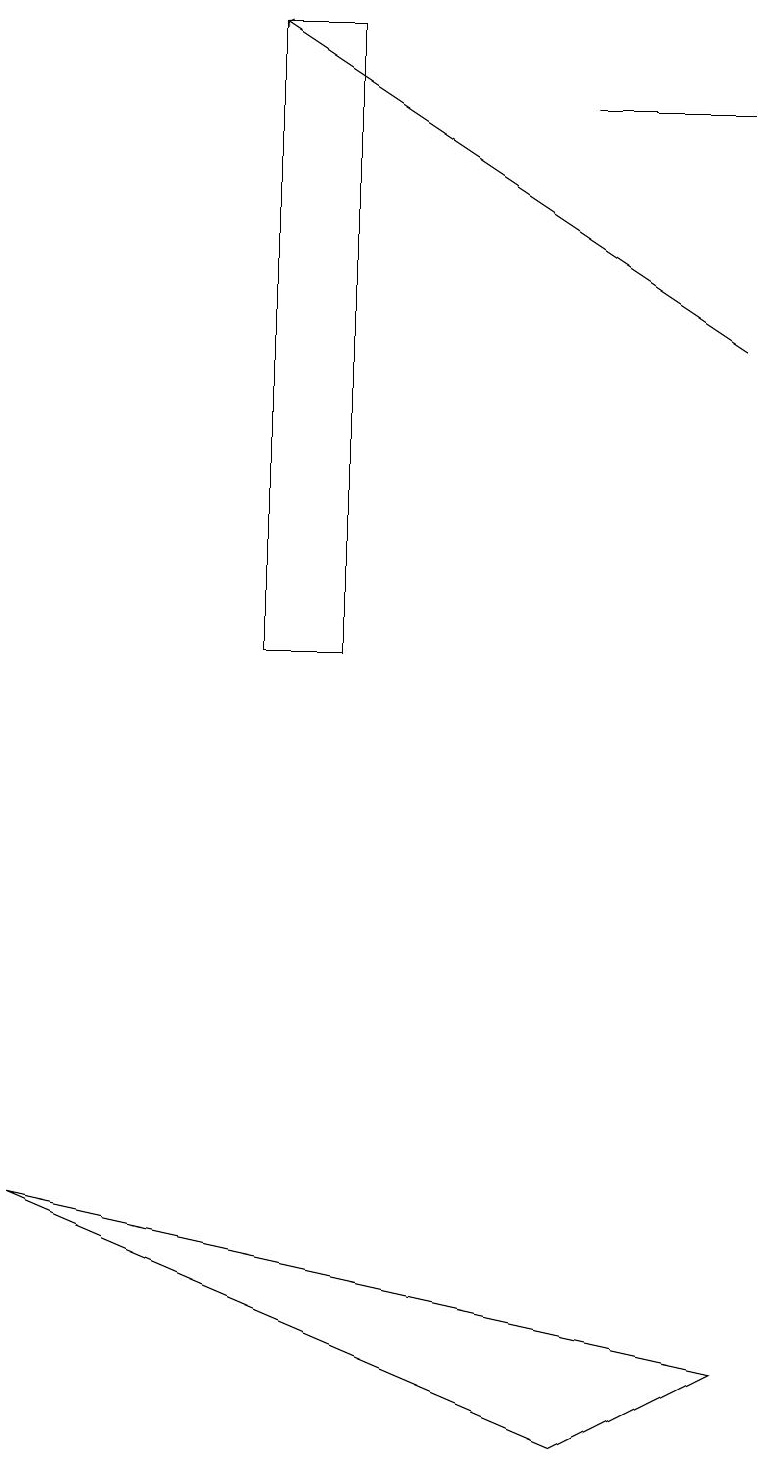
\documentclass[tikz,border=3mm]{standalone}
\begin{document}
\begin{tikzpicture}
\draw (7,18) rectangle (9,18);
\draw (3,11) rectangle (4,19);
\draw (9,2) -- (7,1) -- (0,4) -- cycle;
\draw[->] (9,15) -- (3,19);
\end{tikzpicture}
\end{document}